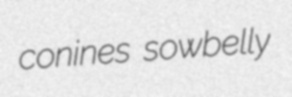
conines sowbelly